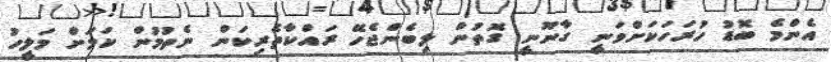
އެންމެ ބޮޑު ހުރަހަކަށްވަނީ ގާނޫނީ ގޮތުން ލިބެންޖެހޭ ރައްކާތެރިކަން ނެތުމުން ކަމަށް މަލީހު